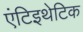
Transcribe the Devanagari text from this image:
एंटिइथेटिक